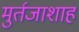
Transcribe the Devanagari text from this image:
मुर्तजाशाह